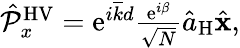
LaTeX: \begin{array}{r}{\hat{\mathcal P}_{x}^{\mathrm{HV}}=\mathrm{e}^{i\overline{{k}}d}\frac{\mathrm{e}^{i\beta}}{\sqrt{N}}\hat{a}_{\mathrm{H}}\hat{\mathbf x},}\end{array}